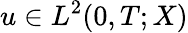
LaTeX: u\in L^{2}(0,T;X)